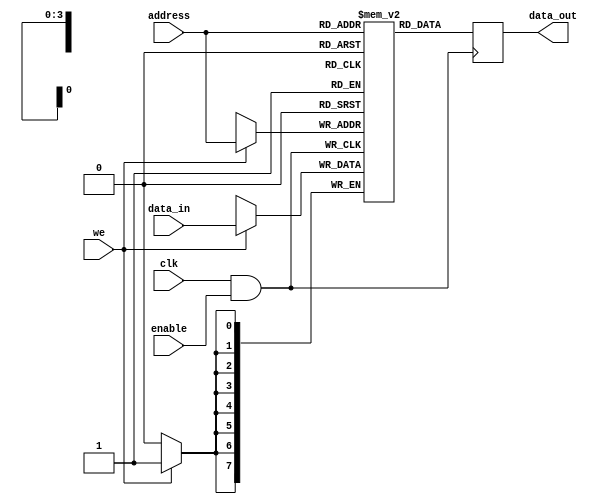
module MemoryBlock (
    input wire clk,                     // Main clock signal
    input wire enable,                  // Enable signal for clock gating
    input wire [7:0] data_in,           // Data input for memory block
    input wire [3:0] address,           // Address input for memory block
    input wire we,                      // Write enable
    output reg [7:0] data_out           // Data output from memory block
);

    // Memory array declaration (for example, 16x8 SRAM)
    reg [7:0] memory_array [0:15];

    // Clock gating logic
    wire gated_clk;
    assign gated_clk = clk & enable;    // Gated clock signal

    // Memory block operations
    always @(posedge gated_clk) begin
        if (we) begin
            // Write operation
            memory_array[address] <= data_in;
        end
        // Read operation
        data_out <= memory_array[address];
    end

endmodule